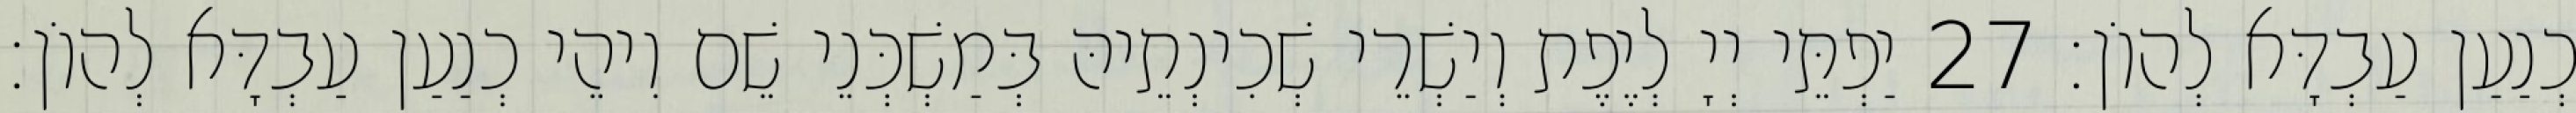
כְנַעַן עַבְדָּא לְהוֹן׃ 27 יַפְתֵּי יְיָ לְיֶפֶת וְיַשְׁרֵי שְׁכִינְתֵיהּ בְּמַשְׁכְּנֵי שֵׁם וִיהֵי כְנַעַן עַבְדָּא לְהוֹן׃